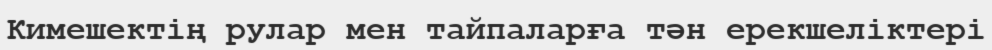
Кимешектің рулар мен тайпаларға тән ерекшеліктері